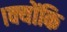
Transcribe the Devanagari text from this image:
।क्योंकि